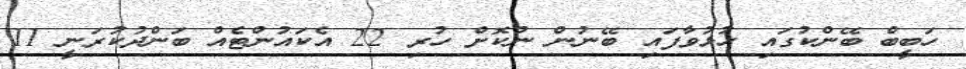
ހަބީބް ބޭންކުގައި ހުޅުވާފައި ބޭނުން ނުކޮށް ހުރި 22 އެކައުންޓެއް ބަންދުކުރަނީ 11